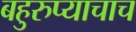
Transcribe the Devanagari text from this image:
बहुरुप्याचाच